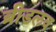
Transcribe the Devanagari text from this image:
ब्रीडलव